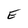
Character: E